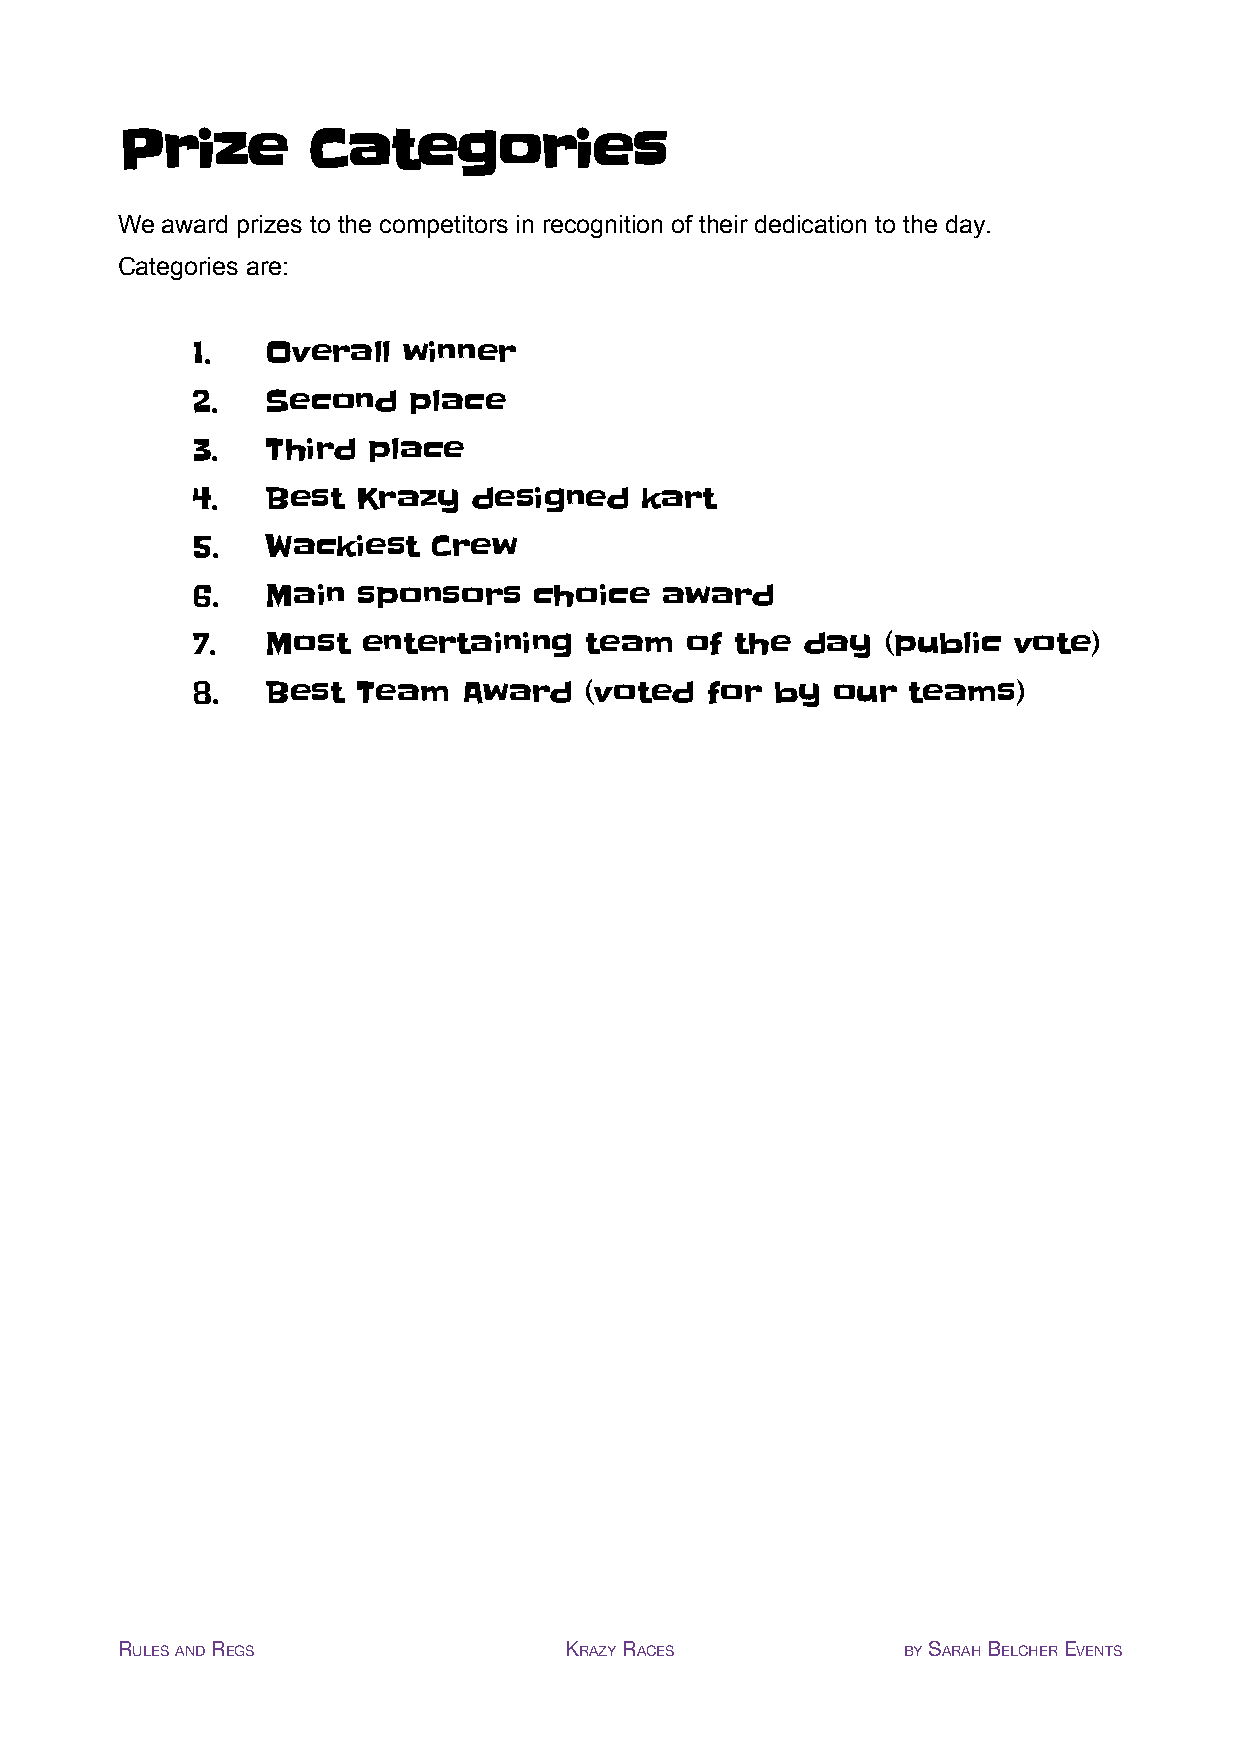
Prize       Categories
 We award prizes to the competitors in recognition of their dedication to the day.
 Categories are:
 1.   Overall  winner
 2.   Second   place
 3.   Third place
 4.   Best  Krazy  designed   kart
 5.   Wackiest   Crew
 6.   Main  sponsors   choice   award
 7.   Most  entertaining   team  of  the day  (public  vote)
 8.   Best  Team   Award   (voted  for by  our  teams)
 RULESANDREGS                 KRAZYRACES             BYSARAHBELCHEREVENTS